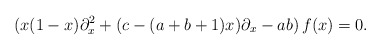
\begin{align*}(x(1-x)\partial_x^2+(c-(a+b+1)x)\partial_x-ab)\,f(x)=0.\end{align*}